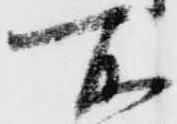
所